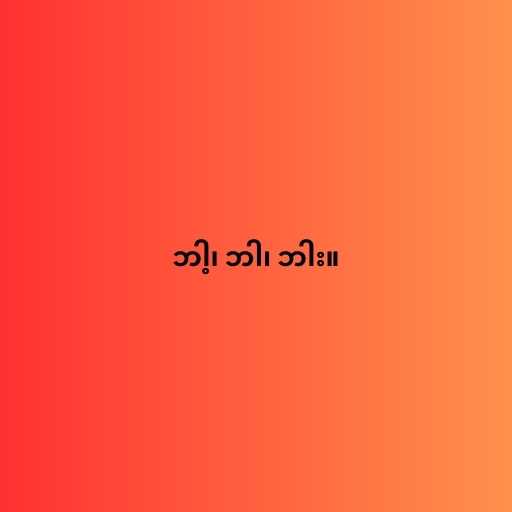
ဘါ့၊ ဘါ၊ ဘါး။